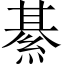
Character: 綦